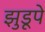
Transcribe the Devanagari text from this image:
झुडूपे